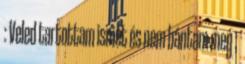
: Veled tartottam ismét és nem bántam meg ;